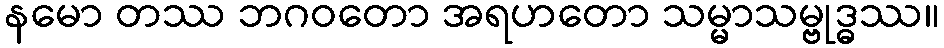
နမော တဿ ဘဂဝတော အရဟတော သမ္မာသမ္ဗုဒ္ဓဿ။